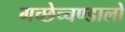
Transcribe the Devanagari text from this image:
गच्छेच्चण्डालो